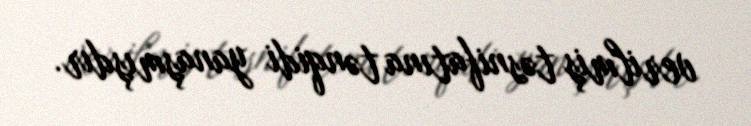
verilmiş təsnifatına tənqidi yanaşmışdır.